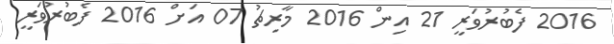
2016 ފެބުރުވަރީ 21 އިން 2016 މާރިޗު 07 އަށް 2016 ފެބުރުވަރީ